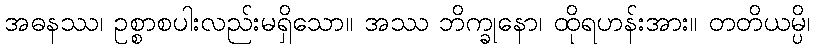
အဓနဿ၊ ဥစ္စာစပါးလည်းမရှိသော။ အဿ ဘိက္ခုနော၊ ထိုရဟန်းအား။ တတိယမ္ပိ၊